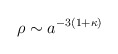
\begin{align*}\rho \sim a^{-3(1+\kappa)} \end{align*}